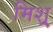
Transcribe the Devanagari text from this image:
मिश्र्